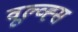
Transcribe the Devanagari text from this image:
वूल्व्ह्स